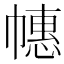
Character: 𱜵